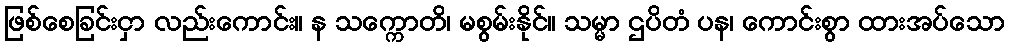
ဖြစ်စေခြင်းငှာ လည်းကောင်း။ န သက္ကောတိ၊ မစွမ်းနိုင်။ သမ္မာ ဌပိတံ ပန၊ ကောင်းစွာ ထားအပ်သော